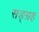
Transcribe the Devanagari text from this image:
सङ्ग्रह